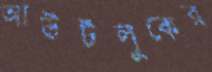
আউটলুকের